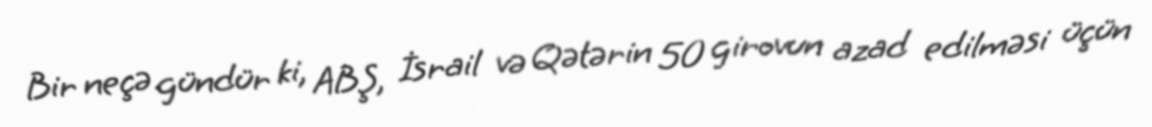
Bir neçə gündür ki, ABŞ, İsrail və Qətərin 50 girovun azad edilməsi üçün